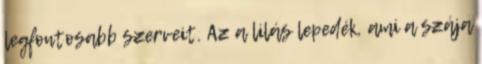
legfontosabb szerveit. Az a lilás lepedék, ami a szája